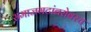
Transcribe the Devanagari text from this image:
समाजगटांबरोबरच